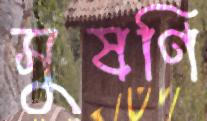
সুষণি